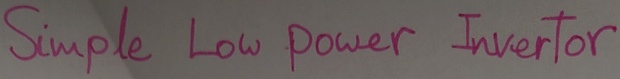
Text: Simple Low power Invertor